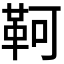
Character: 𩊆